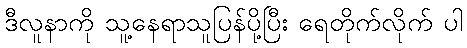
ဒီလူနာကို သူ့နေရာသူပြန်ပို့ပြီး ရေတိုက်လိုက် ပါ